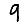
Digit: 9